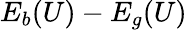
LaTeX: E_{b}(U)-E_{g}(U)